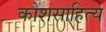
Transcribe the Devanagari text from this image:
कोशसाहित्य